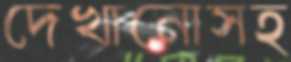
দেখানোসহ